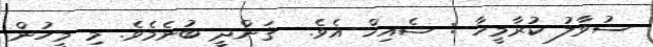
ސުވާލު ކުރާމީހާ : ޝެއިޚް އެވެ.  ޤަންދީ ބުނެމެވެ. މި މީހުން